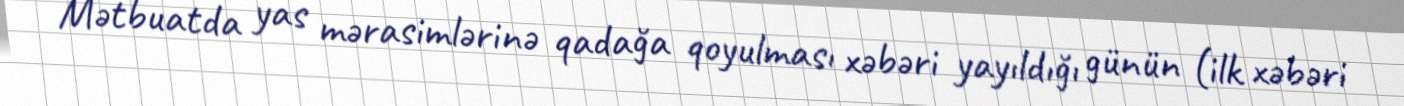
Mətbuatda yas mərasimlərinə qadağa qoyulması xəbəri yayıldığı günün (ilk xəbəri